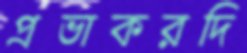
প্রভাকরদি